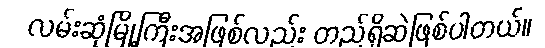
လမ်းဆုံမြို့ကြီးအဖြစ်လည်း တည်ရှိဆဲဖြစ်ပါတယ်။